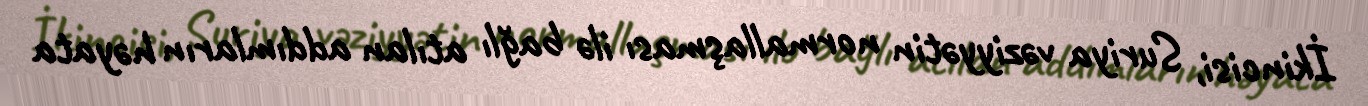
İkincisi, Suriya vəziyyətin normallaşması ilə bağlı atılan addımların həyata